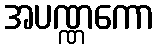
အပဏ္ဏကော